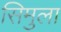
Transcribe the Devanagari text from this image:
सिमुला